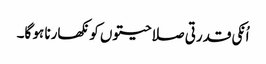
اُنکی قدرتی صلاحیتوں کو نکھارنا ہو گا۔